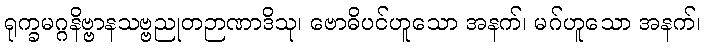
ရုက္ခမဂ္ဂနိဗ္ဗာနသဗ္ဗညုတဉာဏာဒိသု၊ ဗောဓိပင်ဟူသော အနက်၊ မဂ်ဟူသော အနက်၊